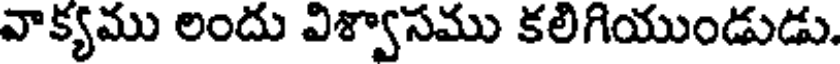
వాక్యము లందు విశ్వాసము కలిగియుండుడు.